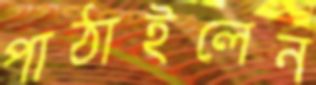
পাঠাইলেন